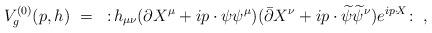
LaTeX: \begin{align*}V_g^{(0)}(p,h) ~=~ :\!h_{\mu\nu} (\partial X^{\mu}+ip\cdot\psi \psi^{\mu})({\bar{\partial}} X^{\nu}+ip\cdot{\widetilde\psi}{\widetilde\psi}^{\nu})e^{ip\cdot \!X}\!:~,\end{align*}